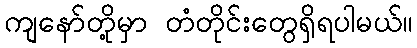
ကျနော်တို့မှာ တံတိုင်းတွေရှိရပါမယ်။